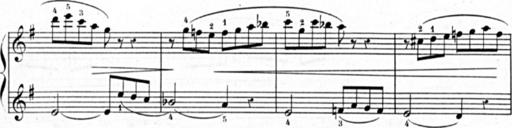
Title: 3 Sonatines, 2nd series
Composer: Blas MarÃ­a de Colomer
Key: B